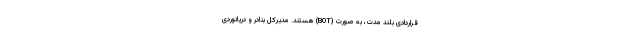
قراردادی بلند مدت، به صورت (BOT) هستند. مدیرکل بنادر و دریانوردی